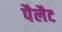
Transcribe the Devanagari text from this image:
पैलैट